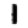
Digit: 1